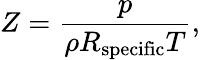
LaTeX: Z={\frac{p}{\rho R_{\mathrm{specific}}T}},